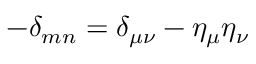
- \delta _ { m n } = \delta _ { \mu \nu } - \eta _ { \mu } \eta _ { \nu }